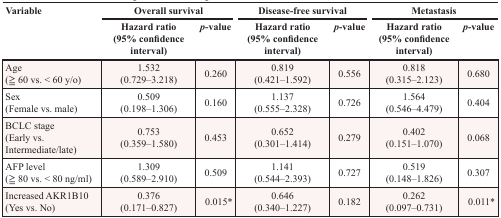
<table><thead><tr><td rowspan="2"><b>Variable</b></td><td colspan="2"><b>Overall survival</b></td><td colspan="2"><b>Disease-free survival</b></td><td colspan="2"><b>Metastasis</b></td></tr><tr><td><b>Hazard ratio(95% confidence interval)</b></td><td><b><i>p</i>-value</b></td><td><b>Hazard ratio(95% confidence interval)</b></td><td><b><i>p</i>-value</b></td><td><b>Hazard ratio(95% confidence interval)</b></td><td><b><i>p</i>-value</b></td></tr></thead><tbody><tr><td>Age(≧ 60 vs. &lt; 60 y/o)</td><td>1.532(0.729–3.218)</td><td>0.260</td><td>0.819(0.421–1.592)</td><td>0.556</td><td>0.818(0.315–2.123)</td><td>0.680</td></tr><tr><td>Sex(Female vs. male)</td><td>0.509(0.198–1.306)</td><td>0.160</td><td>1.137(0.555–2.328)</td><td>0.726</td><td>1.564(0.546–4.479)</td><td>0.404</td></tr><tr><td>BCLC stage(Early vs. Intermediate/late)</td><td>0.753(0.359–1.580)</td><td>0.453</td><td>0.652(0.301–1.414)</td><td>0.279</td><td>0.402(0.151–1.070)</td><td>0.068</td></tr><tr><td>AFP level(≧ 80 vs. &lt; 80 ng/ml)</td><td>1.309(0.589–2.910)</td><td>0.509</td><td>1.141(0.544–2.393)</td><td>0.727</td><td>0.519(0.148–1.826)</td><td>0.307</td></tr><tr><td>Increased AKR1B10(Yes vs. No)</td><td>0.376(0.171–0.827)</td><td>0.015*</td><td>0.646(0.340–1.227)</td><td>0.182</td><td>0.262(0.097–0.731)</td><td>0.011*</td></tr></tbody></table>